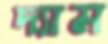
দ্যাম